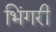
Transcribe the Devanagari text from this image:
भिंगरी